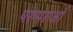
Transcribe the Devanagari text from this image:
परम्‍पराओं